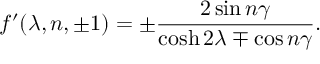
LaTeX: f ^ { \prime } ( \lambda , n , \pm 1 ) = \pm \frac { 2 \sin n \gamma } { \cosh 2 \lambda \mp \cos n \gamma } .